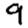
Digit: 9